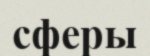
сферы